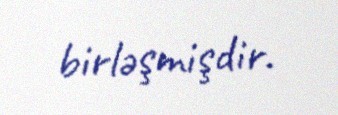
birləşmişdir.